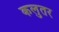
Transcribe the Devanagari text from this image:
कलुतर